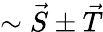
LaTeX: \sim\vec{S}\pm\vec{T}